Leaving Certificate Examination (including Day School Certificate (Higher) General paper), 1927
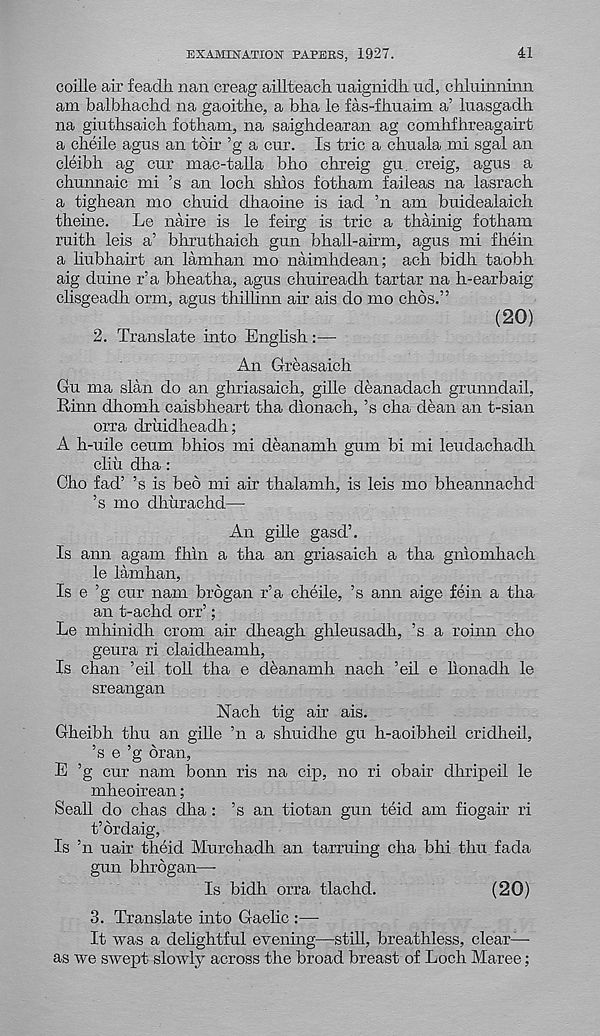
EXAMINATION PAPERS, 1927.
41
coille air feadh nan creag aillteach uaignidh ud, chluinninn
am balbhachd na gaoithe, a bha le fas-fliuaim a’ luasgadh
na giuthsaich fotham, na saighdearan ag comhfhreagairt
a clieile agus an toir ’g a cur. Is trie a chuala mi sgal an
cleibh ag cur mac-talla bho chreig gu. creig, agus a
chunnaic mi ’s an loch shlos fotham faileas na lasrach
a tighean mo chuid dhaoine is iad ’n am buidealaich
theine. Le naire is le feirg is trie a thainig fotham
ruith leis a’ bhruthaich gun bhall-airm, agus mi fhein
a liubhairt an lamhan mo naimhdean; ach bidh taobh
aig duine r’a bheatha, agus chuireadh tartar na h-earbaig
clisgeadh orm, agus thillinn air ais do mo chos.”
(20)
2. Translate into English:—
An Greasaich
Gu ma slan do an ghriasaich, gille deanadach grunndail.
Linn dhomh caisbheart tha dlonach, ’s cha dean an t-sian
orra druidheadh;
A h-uile ceum bhios mi deanamh gum bi mi leudachadh
cliu dha:
Cho fad’ ’s is bed mi air thalamh, is leis mo bheannachd
’s mo dhiirachd—
An gille gasd’.
Is ann agam fhln a tha an griasaich a tha gniomhach
le lamhan,
Is e ’g cur nam brdgan r’a cheile, ’s ann aige fein a tha
an t-achd orr’;
Le mhinidh crom ah dheagh ghleusadh, ’s a roinn cho
geura ri claidheamh,
Is chan ’eil toll tha e deanamh nach ’eil e lion ad h le
sreangan
Nach tig ah ais.
Gheibh thu an gille ’n a shuidhe gu h-aoibheil cridheil,
’s e ’g dr an,
E ’g cur nam bonn ris na cip, no ri obair dhripeil le
mheoirean;
Seall do chas dha : ’s an tiotan gun teid am fiogair ri
t’drdaig,
Is ’n uah theid Murchadh an tarruing cha bhi thu fada
gun bhrdgan—-
Is bidh orra tlachd.
(20)
3. Translate into Gaelic :—•
It was a delightful evening—still, breathless, clear—
as we swept slowly across the broad breast of Loch Maree;